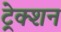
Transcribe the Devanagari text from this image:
ट्रेक्शन